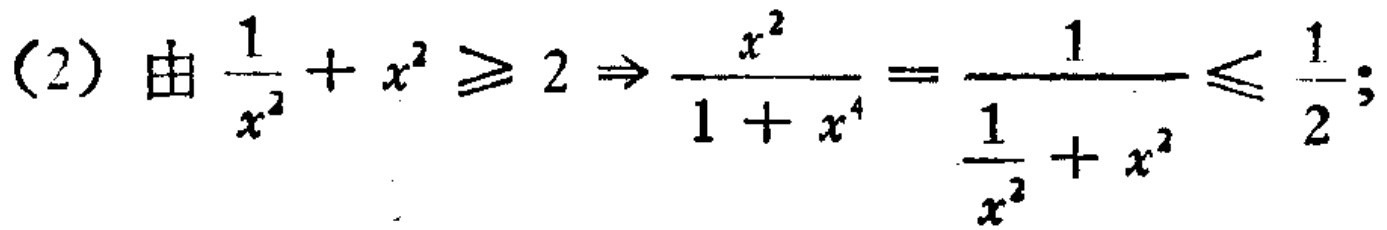
(2) 由 \(\frac{1}{x^{2}}+x^{2}\geq2\Rightarrow\frac{x^{2}}{1 + x^{4}}=\frac{1}{\frac{1}{x^{2}}+x^{2}}\leq\frac{1}{2}\);